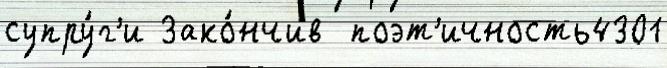
супру́г'и Зако́нчив  поэт'ичность4301